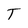
Character: T